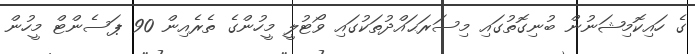
ގެ ހައިކޮމިޝަނުން ބުނިގޮތުގައި މިސަރަޙައްދުތަކުގައި ވޯޓުލީ މީހުންގެ ތެރެއިން 90 ޕަސެންޓް މީހުން